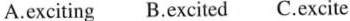
A.exciting B.excited C.excite